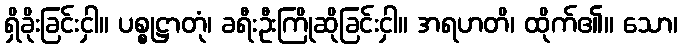
ရှိခိုးခြင်းငှါ။ ပစ္စုဋ္ဌာတုံ၊ ခရီးဦးကြိုဆိုခြင်းငှါ။ အရဟတိ၊ ထိုက်၏။ သော၊